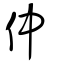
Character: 仲